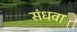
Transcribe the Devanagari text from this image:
संधवा